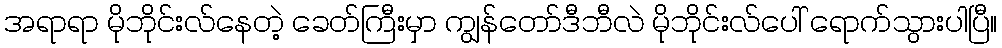
အရာရာ မိုဘိုင်းလ်နေတဲ့ ခေတ်ကြီးမှာ ကျွန်တော်ဒီဘီလဲ မိုဘိုင်းလ်ပေါ် ရောက်သွားပါပြီ။